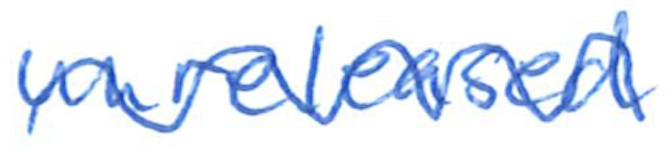
Text: unreleased
Cross-out: mix
Writing tool: ballpoint